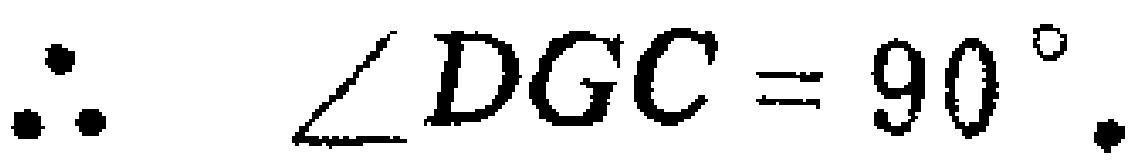
\(\therefore \angle DGC = 90^{\circ}.\)